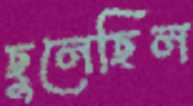
ছুলেছিল